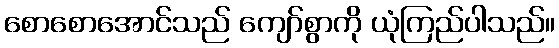
စောစောအောင်သည် ကျော်စွာကို ယုံကြည်ပါသည်။